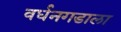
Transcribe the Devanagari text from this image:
वर्धनगडाला